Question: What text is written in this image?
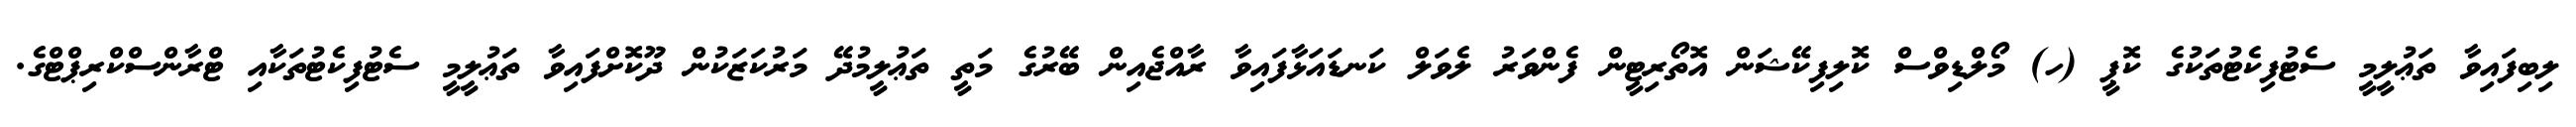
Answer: ލިބިފައިވާ ތަޢުލީމީ ސެޓުފިކެޓުތަކުގެ ކޮޕީ (ހ) މޯލްޑިވްސް ކޮލިފިކޭޝަން އޮތޯރިޓީން ފެންވަރު ލެވަލް ކަނޑައަޅާފައިވާ ރާއްޖެއިން ބޭރުގެ މަތީ ތަޢުލީމުދޭ މަރުކަޒަކުން ދޫކޮށްފައިވާ ތަޢުލީމީ ސެޓުފިކެޓުތަކާއި ޓްރާންސްކްރިޕްޓްގެ.